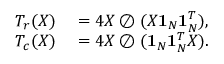
\begin{array} { r l } { T _ { r } ( X ) } & { { } = 4 X \oslash ( X \mathbf { 1 } _ { N } \mathbf { 1 } _ { N } ^ { T } ) , } \\ { T _ { c } ( X ) } & { { } = 4 X \oslash ( \mathbf { 1 } _ { N } \mathbf { 1 } _ { N } ^ { T } X ) . } \end{array}